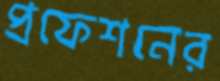
প্রফেশনের